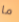
ما